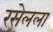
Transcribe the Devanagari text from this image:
रसेलला